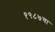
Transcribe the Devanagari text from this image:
१९८७चा